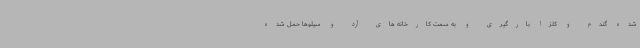
شده گندم و کلزا بارگیری و به سمت کارخانه های آرد و سیلوها حمل شده